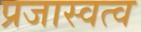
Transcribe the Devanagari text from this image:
प्रजास्वत्व